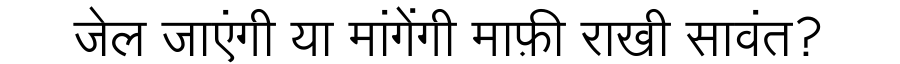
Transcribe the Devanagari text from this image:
जेल जाएंगी या मांगेंगी माफ़ी राखी सावंत?